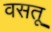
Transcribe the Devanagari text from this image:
वसतू